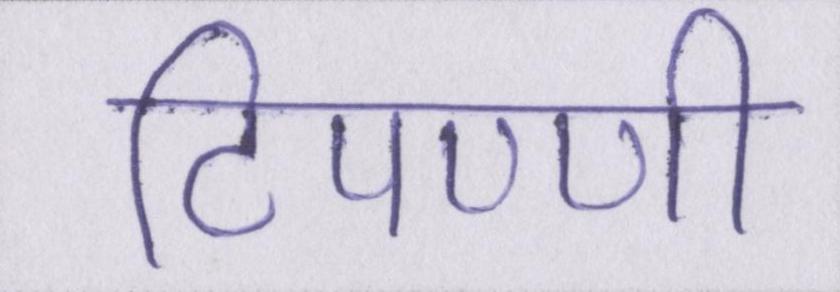
टिपण्णी